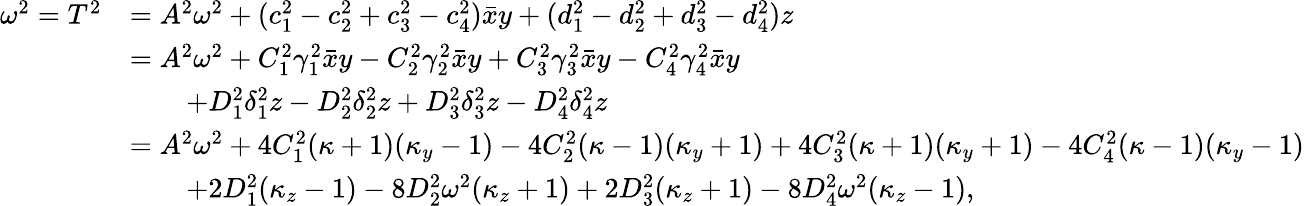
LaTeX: \begin{array}{rl}{\omega^{2}=T^{2}}&{=A^{2}\omega^{2}+(c_{1}^{2}-c_{2}^{2}+c_{3}^{2}-c_{4}^{2})\bar{x}y+(d_{1}^{2}-d_{2}^{2}+d_{3}^{2}-d_{4}^{2})z}\\ &{=A^{2}\omega^{2}+C_{1}^{2}\gamma_{1}^{2}\bar{x}y-C_{2}^{2}\gamma_{2}^{2}\bar{x}y+C_{3}^{2}\gamma_{3}^{2}\bar{x}y-C_{4}^{2}\gamma_{4}^{2}\bar{x}y}\\ &{\qquad+D_{1}^{2}\delta_{1}^{2}z-D_{2}^{2}\delta_{2}^{2}z+D_{3}^{2}\delta_{3}^{2}z-D_{4}^{2}\delta_{4}^{2}z}\\ &{=A^{2}\omega^{2}+4C_{1}^{2}(\kappa+1)(\kappa_{y}-1)-4C_{2}^{2}(\kappa-1)(\kappa_{y}+1)+4C_{3}^{2}(\kappa+1)(\kappa_{y}+1)-4C_{4}^{2}(\kappa-1)(\kappa_{y}-1)}\\ &{\qquad+2D_{1}^{2}(\kappa_{z}-1)-8D_{2}^{2}\omega^{2}(\kappa_{z}+1)+2D_{3}^{2}(\kappa_{z}+1)-8D_{4}^{2}\omega^{2}(\kappa_{z}-1),}\end{array}